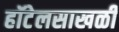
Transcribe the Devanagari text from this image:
हॉटेलसाखळी